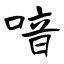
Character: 喑